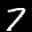
Label: 7